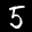
Label: 5